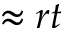
\approx r t